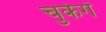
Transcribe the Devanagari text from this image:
चुकेगें